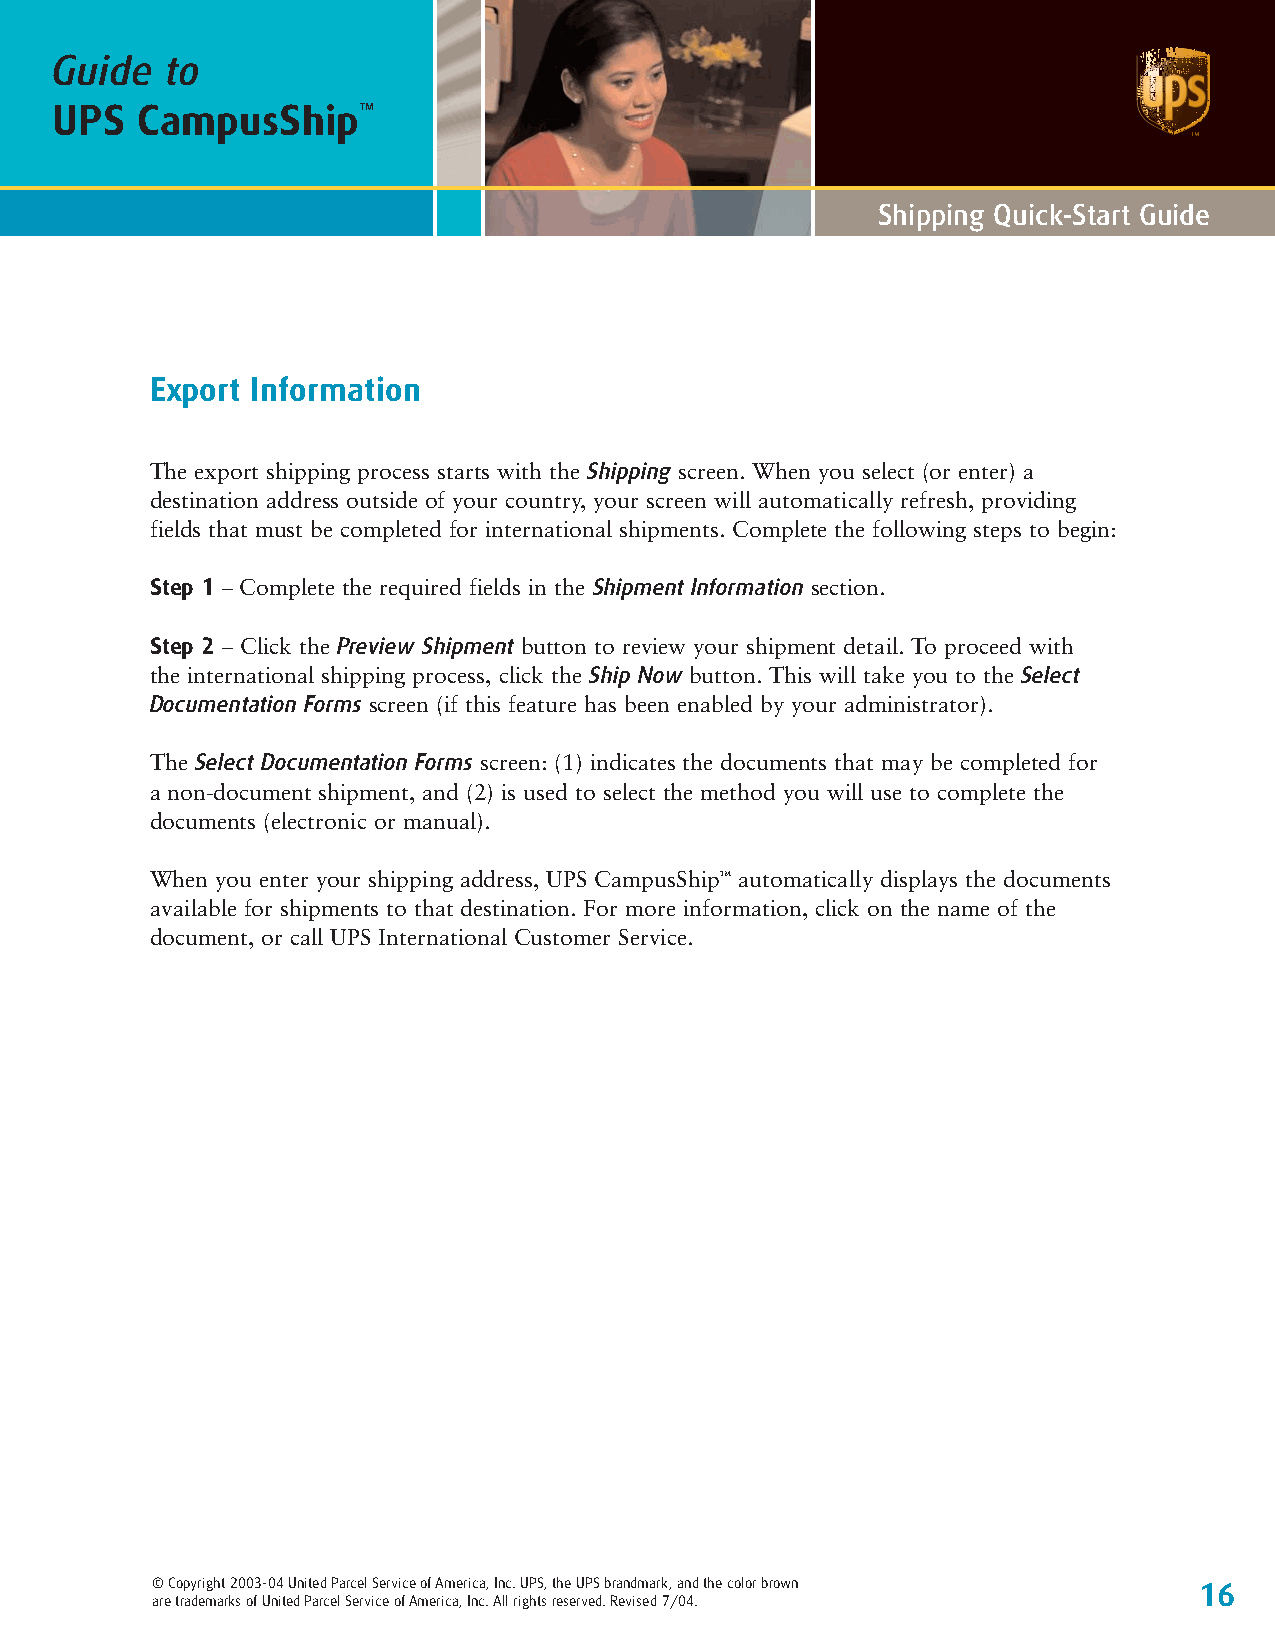
Guide   to
 UPS   CampusShip™
 Shipping Quick-Start Guide
 Export Information
 The export shipping process starts with the Shipping screen. When you select (or enter) a
 destination address outside of your country, your screen will automatically refresh, providing
 fields that must be completed for international shipments. Complete the following steps to begin:
 Step 1 – Complete the required fields in the Shipment Information section.
 Step 2 – Click the Preview Shipment button to review your shipment detail. To proceed with
 the international shipping process, click the Ship Now button. This will take you to the Select
 Documentation Forms screen (if this feature has been enabled by your administrator).
 The Select Documentation Forms screen: (1) indicates the documents that may be completed for
 a non-document shipment, and (2) is used to select the method you will use to complete the
 documents (electronic or manual).
 When you enter your shipping address, UPS CampusShip™ automatically displays the documents
 available for shipments to that destination. For more information, click on the name of the
 document, or call UPS International Customer Service.
 © Copyright 2003-04 United Parcel Service of America, Inc. UPS, the UPS brandmark, and the color brown 16
 are trademarks of United Parcel Service of America, Inc. All rights reserved. Revised 7/04.